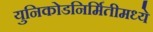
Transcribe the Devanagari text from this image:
युनिकोडनिर्मितीमध्ये